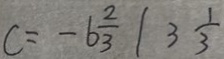
C = - 6 \frac { 2 } { 3 } \vert 3 \frac { 1 } { 3 }